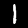
Label: 1